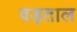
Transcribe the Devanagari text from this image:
वड़ताल